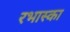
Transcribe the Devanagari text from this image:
रभास्‍का